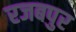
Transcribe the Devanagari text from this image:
रजबपुर